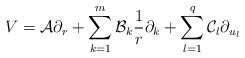
LaTeX: \begin{align*}{V}=\mathcal{A}\partial_{r}+\sum\limits^{m}_{k=1}\mathcal{B}_k\frac{1}{r}\partial_{k}+\sum\limits^{q}_{l=1}\mathcal{C}_l\partial_{u_l}\end{align*}